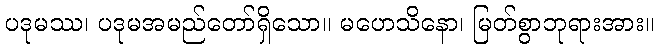
ပဒုမဿ၊ ပဒုမအမည်တော်ရှိသော။ မဟေသိနော၊ မြတ်စွာဘုရားအား။